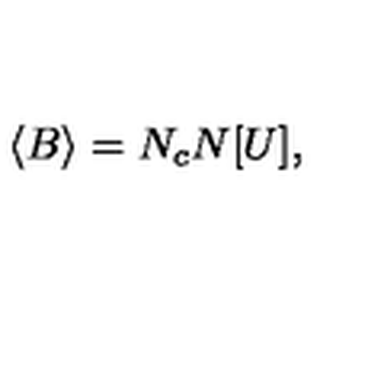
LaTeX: \langle B \rangle = N _ { c } N [ U ] ,